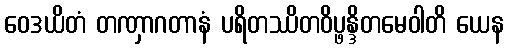
ဝေဒယိတံ တဏှာဂတာနံ ပရိတဿိတဝိပ္ဖန္ဒိတမေဝါတိ ယေန